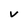
Character: V